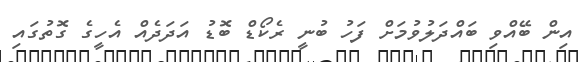
އިން ބޭއްވި ބައްދަލުވުމަށް ފަހު ބުނީ ރެކޯޑް ބޮޑު އަދަދެއް އެހީގެ ގޮތުގައި